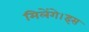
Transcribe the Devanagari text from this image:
मिलेंगे।इस